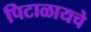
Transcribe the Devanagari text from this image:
पिटाळायचे